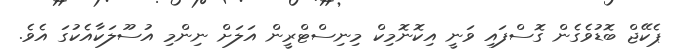
ޕެކޭޖް ބޮޑުވެގެން ގޮސްފައި ވަނީ އިކޮނޮމިކް މިނިސްޓްރީން އަލަށް ނިންމި އުސޫލަކާއެކުގަ އެވެ.